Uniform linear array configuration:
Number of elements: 16
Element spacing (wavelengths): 0.25
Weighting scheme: kaiser
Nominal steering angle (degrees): -15
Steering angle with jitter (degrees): -15.566
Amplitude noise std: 0.05
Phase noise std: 0.05

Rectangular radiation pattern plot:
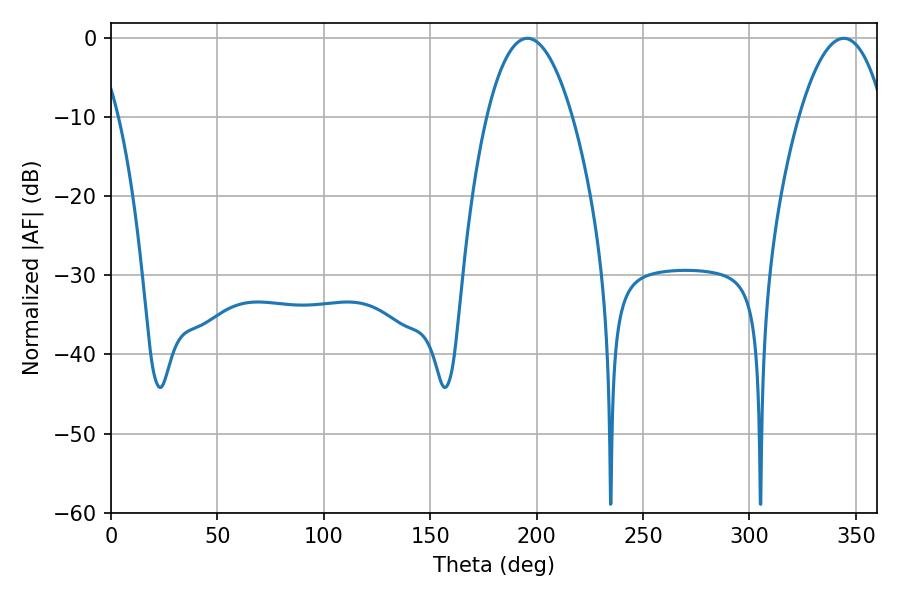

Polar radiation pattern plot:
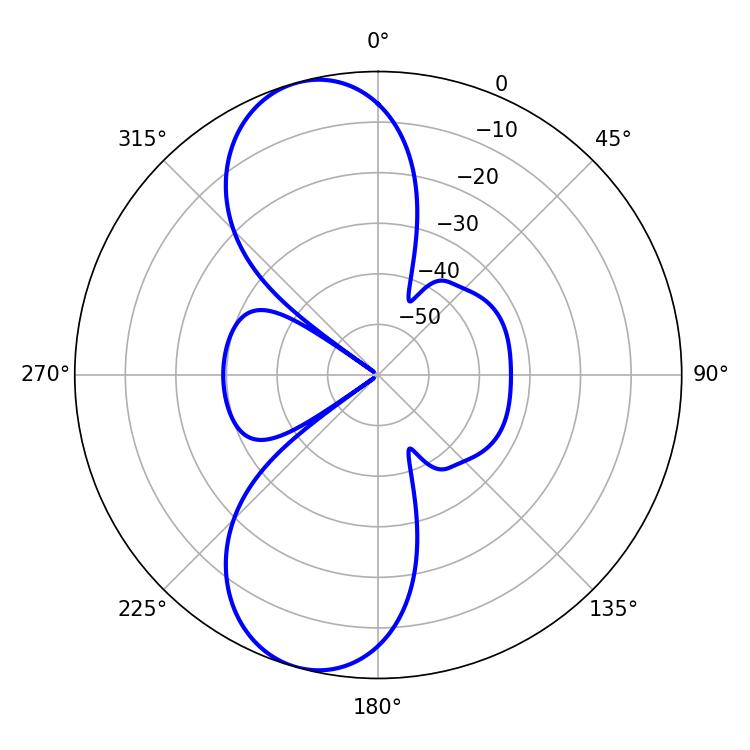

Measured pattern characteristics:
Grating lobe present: FALSE
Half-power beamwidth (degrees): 22.32
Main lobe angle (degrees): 195.66